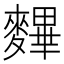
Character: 𪍪